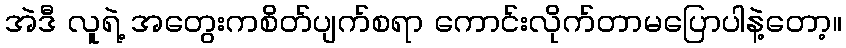
အဲဒီ လူရဲ့ အတွေးကစိတ်ပျက်စရာ ကောင်းလိုက်တာမပြောပါနဲ့တော့။